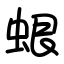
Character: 蛝